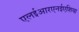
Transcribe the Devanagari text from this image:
एलईआरएनईएशिया